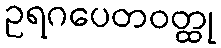
ဥရဂပေတဝတ္ထု